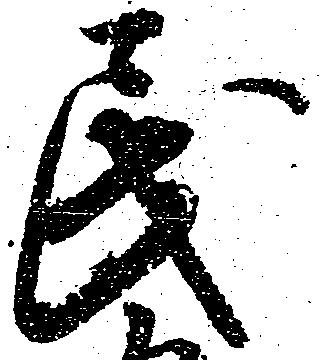
民